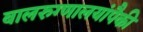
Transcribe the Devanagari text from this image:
बालरुग्णालयांपैकी